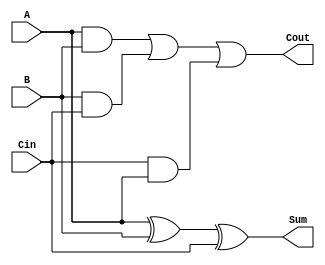
`timescale 1ns / 1ps
//////////////////////////////////////////////////////////////////////////////////
// Company:
// Engineer:
//
// Design Name:
// Module Name: full_adder
// Project Name:
// Target Devices:
// Tool Versions:
// Description:
//
// Dependencies:
//
// Revision:
// Revision 0.01 - File Created
// Additional Comments:
//
//////////////////////////////////////////////////////////////////////////////////


module full_adder(output Sum,output Cout,input A,input B,input Cin);
    assign Sum = (A ^ B) ^ Cin;
    assign Cout = (A & B) | (B & Cin) | (Cin & A);
endmodule